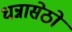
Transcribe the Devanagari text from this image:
धन्नासेठों